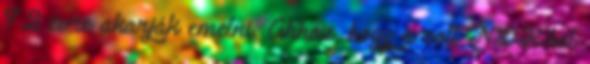
72 évre akarják emelni. Ahhoz, hogy a volt NDK-ból